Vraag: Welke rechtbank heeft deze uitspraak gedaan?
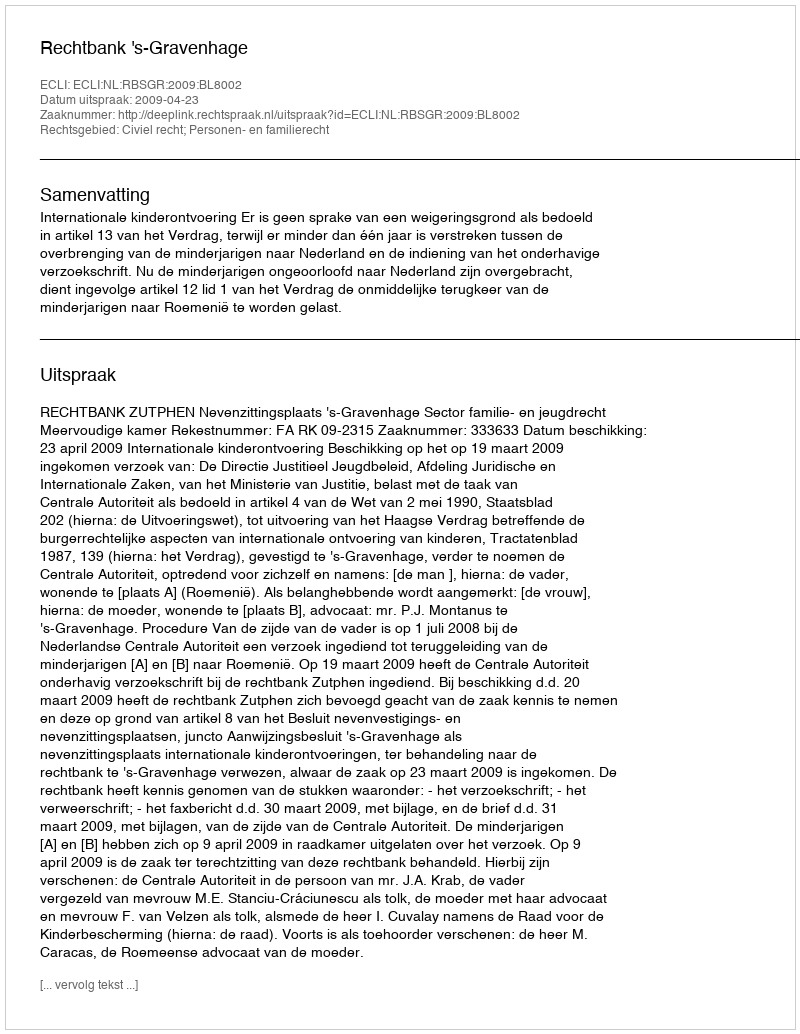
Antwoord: Rechtbank 's-Gravenhage